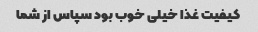
کیفیت غذا خیلی خوب بود سپاس از شما